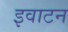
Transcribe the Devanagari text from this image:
इवाटन